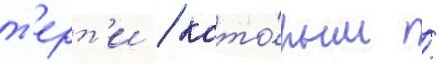
т'ерт'и / кото́рым /